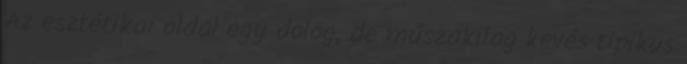
Az esztétikai oldal egy dolog, de műszakilag kevés tipikus